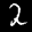
Label: 2